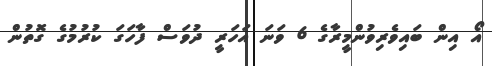
އޯ އިން ބައިވެރިވުންމީރާގެ 6 ވަނަ އަހަރީ ދުވަސް ފާހަގަ ކުރުމުގެ ގޮތުން